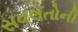
સવલતોની